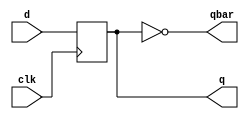
module d_ff(input d,clk,output reg q,output qbar);
always @(posedge clk) begin
q <= d;
end
assign qbar = ~q;
endmodule